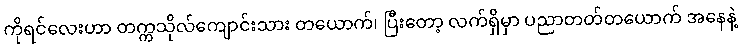
ကိုရင်လေးဟာ တက္ကသိုလ်ကျောင်းသား တယောက်၊ ပြီးတော့ လက်ရှိမှာ ပညာတတ်တယောက် အနေနဲ့